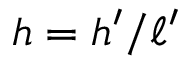
h = h ^ { \prime } / \ell ^ { \prime }